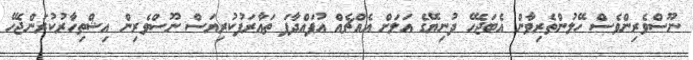
ނޫސްވެރިންވެސް ހޭލުންތެރިވާން އެބަޖެހޭ ދުނިޔޭގެ އަލަށް އެއްޗެއް އުފައްދާފަ ތަޢާރަފުކުރިޔަސް ނޫސްވެރިން އިޝްތިހާރުކުރަންޖެހޭ